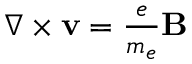
\begin{array} { r } { \nabla \times { \bf v } = { \frac { e } { m _ { e } } } { \bf B } } \end{array}